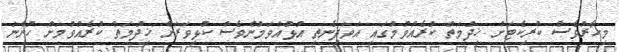
މިހާރުވެސް ކްރިކެޓަށް ޚިދުމަތް ކުރެއްވުމުގައި އަވަދިނެތި އުޅުއްވަމުންވެސް ކުޅިވަރަށް ޚިދުމަތް ކުރެއްވުމަށް ހުންނަ